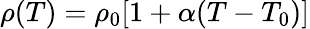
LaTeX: \rho(T)=\rho_{0}[1+\alpha(T-T_{0})]